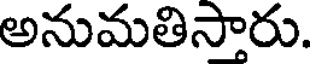
అనుమతిసారు.